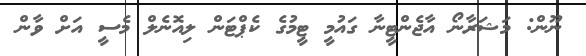
ނޫން: މަޝަރާނޯ އާޖެންޓީނާ ގައުމީ ޓީމުގެ ކެޕްޓަން ލިއޮނެލް މެސީ އަށް ވާން